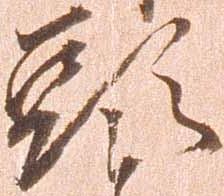
頭